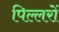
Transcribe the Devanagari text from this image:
पिल्लरों